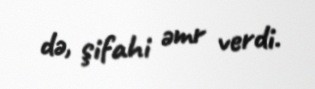
də, şifahi əmr verdi.